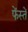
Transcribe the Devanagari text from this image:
फेंस्तें